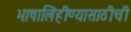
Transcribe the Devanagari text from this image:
भाषालिहीण्यासाठीची